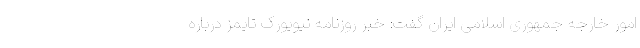
امور خارجه جمهوری اسلامی ایران گفت: خبر روزنامه نیویورک تایمز درباره